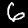
Digit: 6